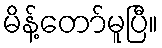
မိန့်တော်မူပြီ။